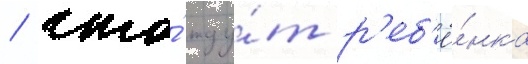
/ что́ жду́т р'еб'ё́нка